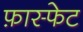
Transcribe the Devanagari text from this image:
फ़ास्फेट